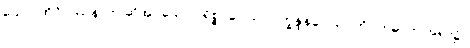
သော၊ ထိုဝိပဿနာဟု ဆိုအပ်သော ပရိစ္စဂဝေါသဂ္ဂပက္ခန္ဒနဝေါသဂ္ဂကို။ ဣဓ၊ ဤအရာ၌။